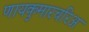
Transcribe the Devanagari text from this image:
णायकुमारचरिअ